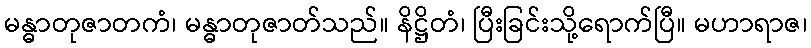
မန္ဓာတုဇာတကံ၊ မန္ဓာတုဇာတ်သည်။ နိဋ္ဌိတံ၊ ပြီးခြင်းသို့ရောက်ပြီ။ မဟာရာဇ၊